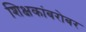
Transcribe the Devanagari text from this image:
शिक्षकांबरोबर